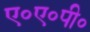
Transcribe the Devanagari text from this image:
ए०ए०पी०